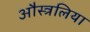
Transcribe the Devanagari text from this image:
औस्त्रलिया